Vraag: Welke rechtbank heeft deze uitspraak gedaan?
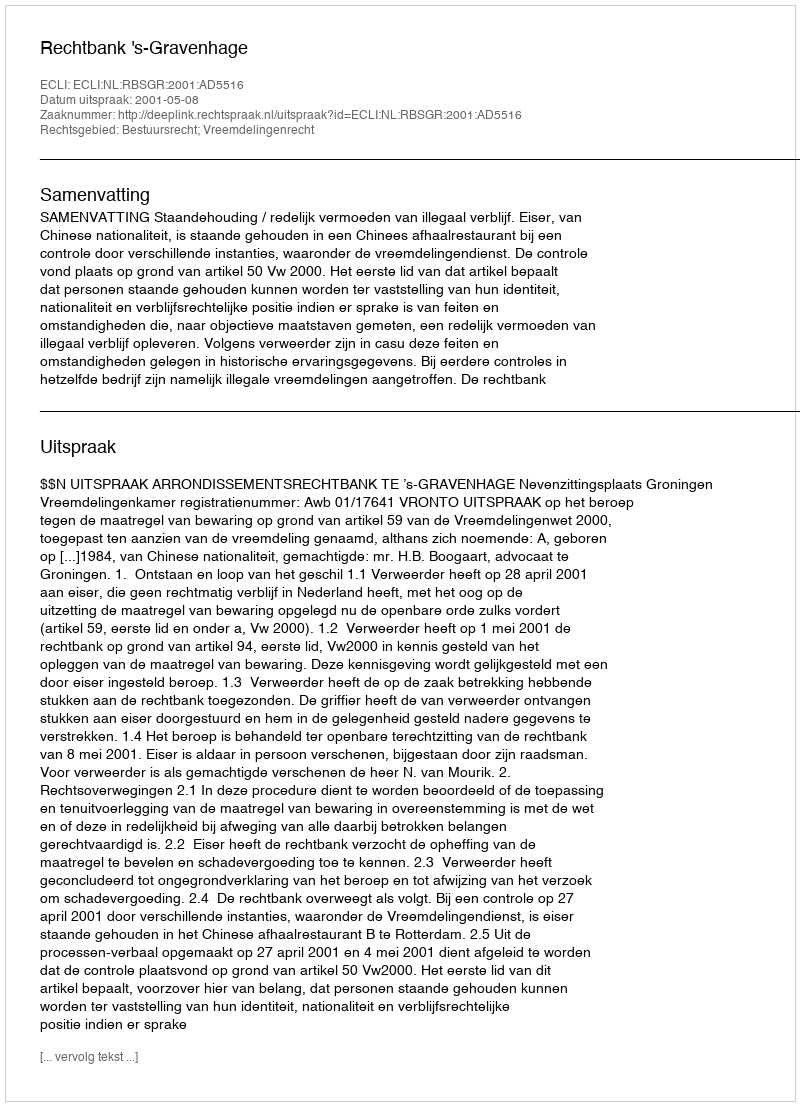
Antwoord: Rechtbank 's-Gravenhage